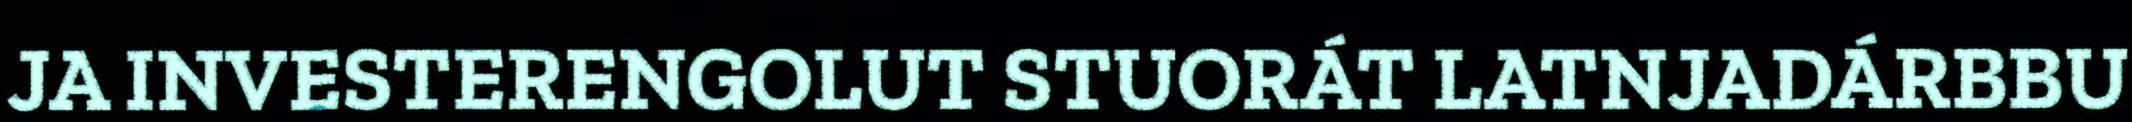
JA INVESTERENGOLUT STUORÁT LATNJADÁRBBU